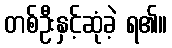
တစ်ဦးနှင့်ဆုံခဲ့ ရ၏။